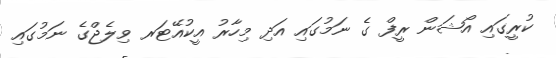
ކުރީގައި އޯޝަން ރީފް ގެ ނަމުގައި އަދި މިހާރު އީކުއޭޓަރ ވިލެޖްގެ ނަމުގައި